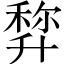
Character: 𠦿